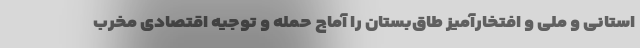
استانی و ملی و افتخارآمیز طاق‌بستان را آماج حمله و توجیه اقتصادی مخرب